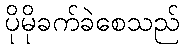
ပိုမိုခက်ခဲစေသည်